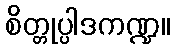
စိတ္တုပ္ပါဒကဏ္ဍ။